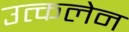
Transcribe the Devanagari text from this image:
उत्कलेन